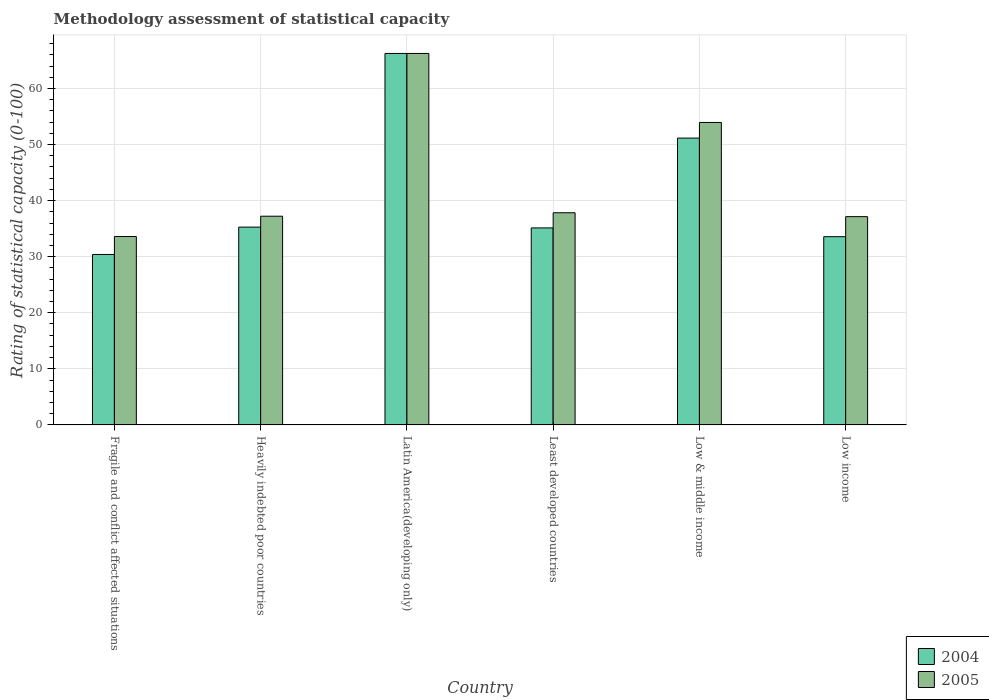
| Country | 2004 | 2005 |
 | --- | --- | --- |
 | Fragile and conflict affected situations | 30.4 | 33.6 |
 | Heavily indebted poor countries | 35.3 | 37.2 |
 | Latin America(developing only) | 66.2 | 66.2 |
 | Least developed countries | 35.1 | 37.8 |
 | Low & middle income | 51.2 | 53.9 |
 | Low income | 33.6 | 37.1 |